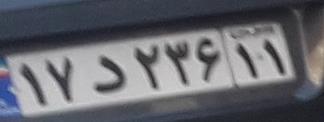
۱۷د۲۳۶۱۱